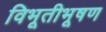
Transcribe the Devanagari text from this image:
विभूतीभूषण